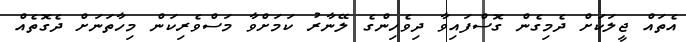
އެތައް ޖީލަކަށް ދެމިގެން ގޮސްފައިވާ ދިވެހިންގެ ލޭނާރު ކަމަށްވާ މަސްވެރިކަން މިހާތަނަށް ދެގޮތެއް